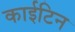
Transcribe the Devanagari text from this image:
काईटिन